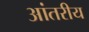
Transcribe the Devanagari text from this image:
आंतरीय